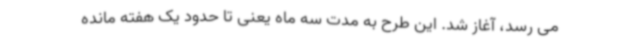
می رسد، آغاز شد. این طرح به مدت سه ماه یعنی تا حدود یک هفته مانده